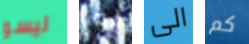
ليسو له الى كم